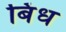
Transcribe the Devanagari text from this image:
बिंध